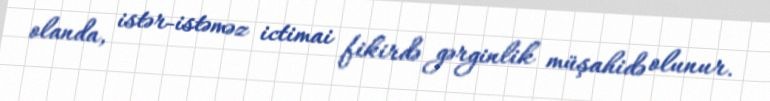
olanda, istər-istəməz ictimai fikirdə gərginlik müşahidə olunur.